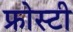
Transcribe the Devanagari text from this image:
फ्रोस्टी